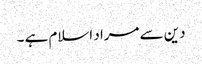
دین سے مراد اسلام ہے ۔